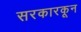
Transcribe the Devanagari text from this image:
सरकारकून